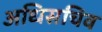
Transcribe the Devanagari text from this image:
अधिसचिव